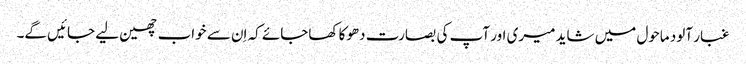
غبار آلود ماحول میں شاید میری اور آپ کی بصارت دھوکا کھاجائے کہ اِن سے خواب چھین لیے جائیں گے۔